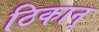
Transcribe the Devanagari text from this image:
ठिकान्